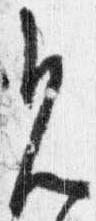
見